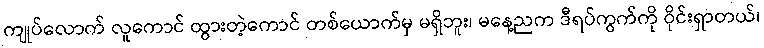
ကျုပ်လောက် လူကောင် ထွားတဲ့ကောင် တစ်ယောက်မှ မရှိဘူး၊ မနေ့ညက ဒီရပ်ကွက်ကို ဝိုင်းရှာတယ်၊